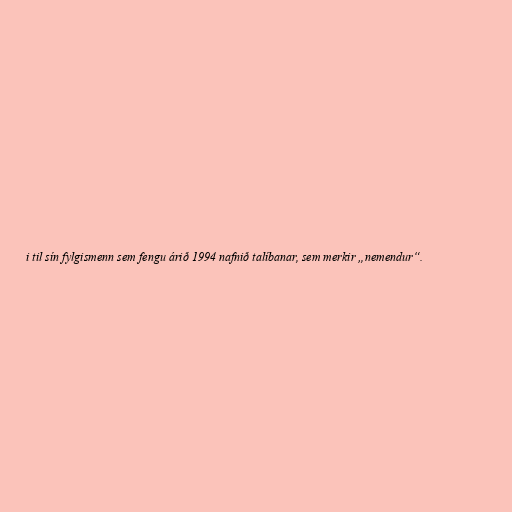
i til sín fylgismenn sem fengu árið 1994 nafnið talíbanar, sem merkir „nemendur“.